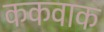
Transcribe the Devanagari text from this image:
ककवाक